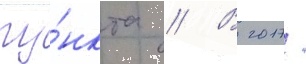
пу́нкта // В 2017/